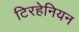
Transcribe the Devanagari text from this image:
टिरहेनियन